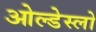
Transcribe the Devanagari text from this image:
ओल्डेस्लो